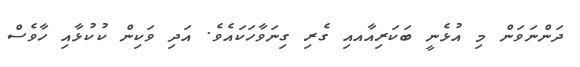
ދަންނަވަން މި އުޅެނީ ބަކަރިއާއއި ގެރި ގިނަވާހަކައެވެ. އަދި ވަކިން ކުކުޅާއި ހާވެސް